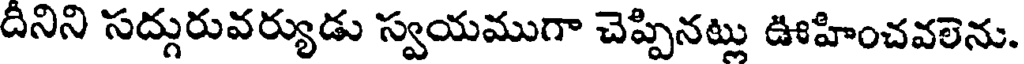
దీనిని సద్గురువర్యుడు స్వయముగా చెప్పినట్లు ఊహించవలెను.